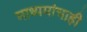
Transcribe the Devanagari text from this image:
माध्यमांचाही